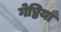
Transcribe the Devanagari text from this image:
गेष्ठियाँ